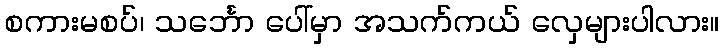
စကားမစပ်၊ သင်္ဘော ပေါ်မှာ အသက်ကယ် လှေများပါလား။